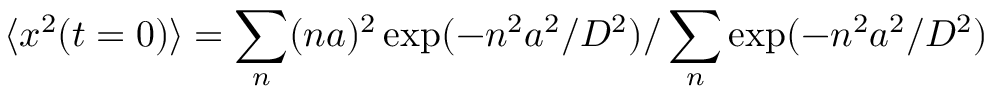
\langle x ^ { 2 } ( t = 0 ) \rangle = \sum _ { n } ( n a ) ^ { 2 } \exp ( - n ^ { 2 } a ^ { 2 } / D ^ { 2 } ) / \sum _ { n } \exp ( - n ^ { 2 } a ^ { 2 } / D ^ { 2 } )